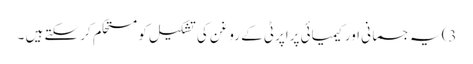
3) یہ جسمانی اور کیمیائی پراپرٹی کے روغن کی تشکیل کو مستحکم کر سکتے ہیں ۔